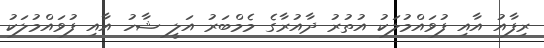
ރިފާއު އާއި ފުވައްމުލަކު އުތުރު ދާއުރާގެ މެމްބަރު އަލީ ޝާހު އާއި ފުވައްމުލަކު